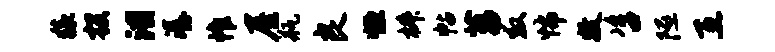
猿投泪潺帷屋瓶良恒椒帖菖救怖牧咨隰互